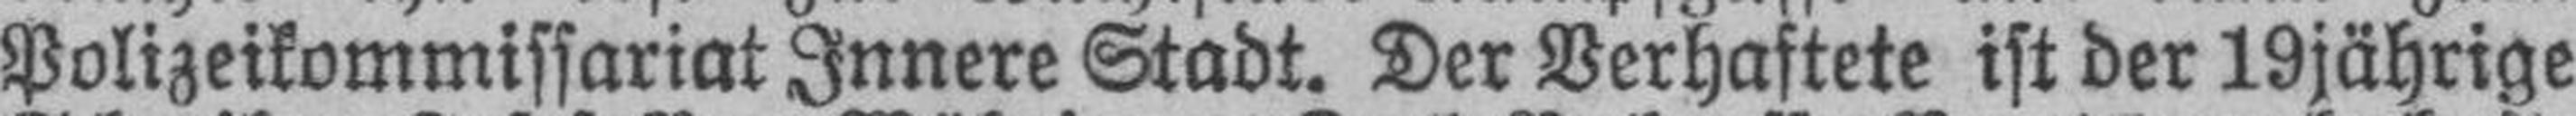
Polizeikommissariat Innere Stadt. Der Verhaftete ist der 19jährige